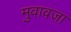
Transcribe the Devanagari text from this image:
मुवावजा